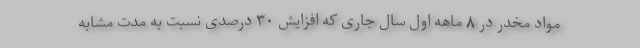
مواد مخدر در ۸ ماهه اول سال جاری که افزایش ۳۰ درصدی نسبت به مدت مشابه